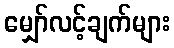
မျှော်လင့်ချက်များ